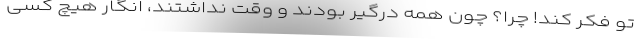
تو فکر کند! چرا؟ چون همه درگیر بودند و وقت نداشتند، انگار هیچ کسی